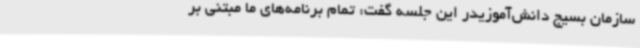
سازمان بسیج دانش‌آموزیدر این جلسه گفت: تمام برنامه‌های ما مبتنی بر